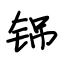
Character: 铞